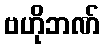
ဗဟိုဘဏ်